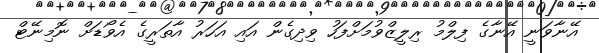
އޭނާވަނީ އޭނާގެ ފިލްމު ރިލީޒްވުމަށްފަހު ވިދިގެން އައި އަހަރު އާތަރީގެ އެވޯޑަށް ނޮމިނޭޓް